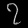
Digit: ၇